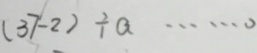
( 3 7 - 2 ) \div a \cdots 0